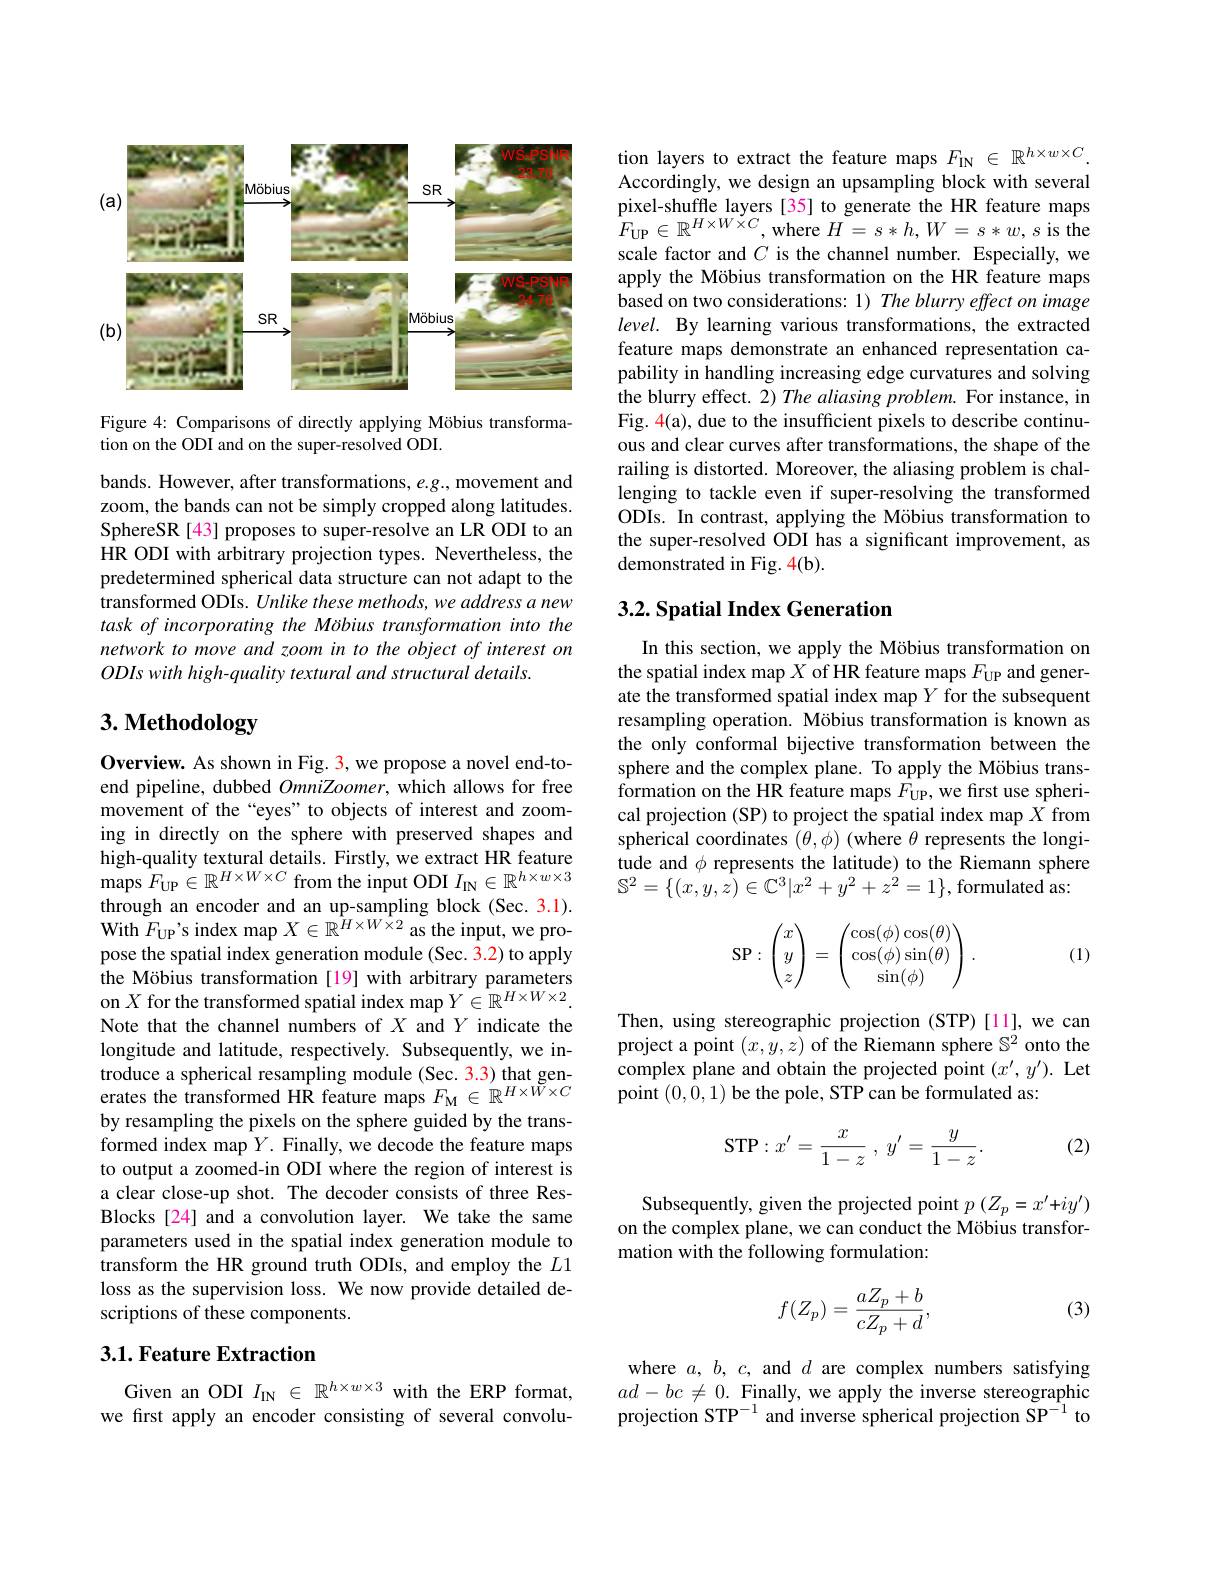
<FigureHere>

Figure 4: Comparisons of directly applying Möbius transforma-
tion on the ODI and on the super-resolved ODI.

bands. However, after transformations, e.g., movement and zoom, the bands can not be simply cropped along latitudes. SphereSR[43] proposes to super-resolve an LR ODI to an HR ODI with arbitrary projection types. Nevertheless, the predetermined spherical data structure can not adapt to the transformed ODIs. Unlike these methods, we address a new task of incorporating the Mobius transformation into the network to move and zoom in to the object of interest on ODIswith high-quality textural and structural details.

# 3. Methodology

Overview. As shown in Fig. 3, we propose a novel end-toend pipeline, dubbed OmniZoomer, which allows for free movement of the “eyes”to objects of interest and zooming in directly on the sphere with preserved shapes and high-quality textural details. Firstly, we extract HR feature $\operatorname*{maps}F_{\mathrm{UP}}\in\mathbb{R}^{H\times W\times C}$ from the input ODI $I_\mathrm{IN}\in\mathbb{R}^{h\times w\times3}$ $\begin{array}{l}{\text{through an encoder and an up-sampling block (Sec.3.1).}}\\{\text{With }F_{\mathrm{UP}}’\text{s index map }X\in\mathbb{R}^{H\times W\times2}\text{ as the input, we pro-}}\end{array}$ pose the spatial index generation module (Sec. 3.2) to apply the Möbius transformation [19] with arbitrary parameters on $X$ for the transformed spatial index map $Y\in\mathbb{R}^H\times W\times2.$ Note that the channel numbers of $X$ and $Y$ indicate the longitude and latitude, respectively. Subsequently, we introduce a spherical resampling module (Sec. 3.3) that generates the transformed HR feature maps $F_\mathrm{M}\in\mathbb{R}^{H\times W\times C}$ by resampling the pixels on the sphere guided by the transformed index map $Y.$ Finally, we decode the feature maps to output a zoomed-in ODI where the region of interest is a clear close-up shot. The decoder consists of three ResBlocks [24] and a convolution layer. We take the same parameters used in the spatial index generation module to transform the HR ground truth ODIs, and employ the $L1$ loss as the supervision loss. We now provide detailed descriptions of these components.

### 3.1. Feature Extraction

Given an ODI $I_\mathrm{IN}\in\mathbb{R}^{h\times w\times3}$ with the ERP format, we first apply an encoder consisting of several convolu-

tion layers to extract the feature maps $F_{\mathrm{IN}}\in\mathbb{R}^{h\times w\times C}.$ Accordingly, we design an upsampling block with several pixel-shuffle layers[35] to generate the HR feature maps $F_{\mathrm{UP}}\in\mathbb{R}^{H\times W\times C}$,where $H=s*h,W=s*w,s$ is the scale factor and $C$ is the channel number. Especially, we apply the Möbius transformation on the HR feature maps based on two considerations: 1) The blurry effect on image level. By learning various transformations, the extracted feature maps demonstrate an enhanced representation capability in handling increasing edge curvatures and solving the blurry effect. 2) The aliasing problem. For instance, in Fig. 4(a), due to the insufficient pixels to describe continuous and clear curves after transformations, the shape of the railing is distorted. Moreover, the aliasing problem is challenging to tackle even if super-resolving the transformed ODIs. In contrast, applying the Möbius transformation to the super-resolved ODI has a significant improvement, as demonstrated in Fig. 4(b).

## 3.2. Spatial Index Generation

In this section, we apply the Möbius transformation on the spatial index map $X$ of HR feature maps $F_\mathrm{UP}$ and generate the transformed spatial index map $Y$ for the subsequent resampling operation. Möbius transformation is known as the only conformal bijective transformation between the sphere and the complex plane. To apply the Möbius transformation on the HR feature maps $F_\mathrm{UP}$, we first use spherical projection (SP) to project the spatial index map $X$ from spherical coordinates $(\theta,\phi)$ (where $\theta$ represents the longitude and $\phi$ represents the latitude) to the Riemann sphere $\mathbb{S}^{2}=\{(x,y,\bar{z})\in\mathbb{C}^{3}|x^{2}+y^{2}+z^{2}=1\}$,formulated as:

(1)
$$\text{SP}:\begin{pmatrix}x\\y\\z\end{pmatrix}=\begin{pmatrix}\cos(\phi)\cos(\theta)\\\cos(\phi)\sin(\theta)\\\sin(\phi)\end{pmatrix}.$$
Then, using stereographic projection (STP)[11], we can project a point $(x,y,z)$ of the Riemann sphere $\mathbb{S}^2$ onto the complex plane and obtain the projected point $(x^{\prime},y^{\prime}).$ Let point (0,0,1) be the pole, STP can be formulated as:

(2)
$$\mathrm{STP}:x'=\frac{x}{1-z}\:,\:y'=\frac{y}{1-z}.$$
Subsequently, given the projected point $p\left(Z_{p}=x^{\prime}+iy^{\prime}\right)$ on the complex plane, we can conduct the Möbius transformation with the following formulation:
$$f(Z_p)=\frac{aZ_p+b}{cZ_p+d},$$
(3)

where $a,b,c$, and $d$ are complex numbers satisfying $ad-bc\neq0.$ Finally, we apply the inverse stereographic projection STP$^-1$ and inverse spherical projection SP$^{-1}$ to